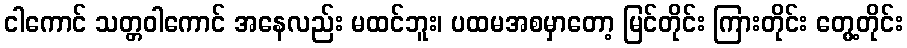
ငါကောင် သတ္တဝါကောင် အနေလည်း မထင်ဘူး၊ ပထမအစမှာတော့ မြင်တိုင်း ကြားတိုင်း တွေ့တိုင်း